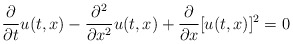
\begin{align*}\frac{\partial}{\partial t} u(t, x) - \frac{\partial^{2}}{ \partial x^{2}}u(t, x) + \frac{\partial}{\partial x} [u(t, x)]^2 = 0\end{align*}